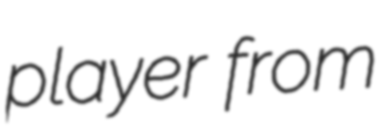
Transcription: player from